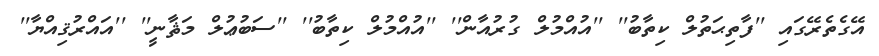
އޭގެތެރޭގައި ''ފާތިޙަތުލް ކިތާބު'' ''އުއްމުލް ގުރުއާން'' ''އުއްމުލް ކިތާބު'' ''ސަބުޢުލް މަޘާނީ'' ''އައްރުޤިއްޔާ''